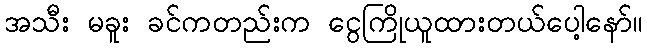
အသီး မခူး ခင်ကတည်းက ငွေကြိုယူထားတယ်ပေါ့နော်။